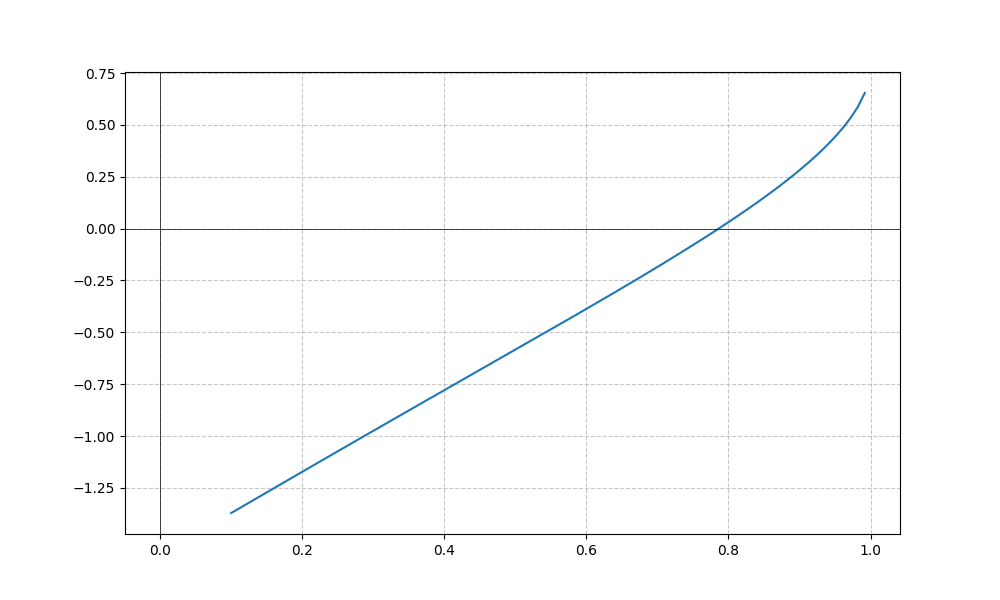
LaTeX formula: - \operatorname{acos}{\left(x \right)} + \operatorname{atan}{\left(x \right)}